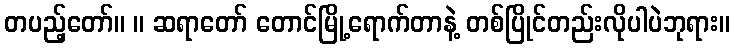
တပည့်တော်။ ။ ဆရာတော် တောင်မြို့ရောက်တာနဲ့ တစ်ပြိုင်တည်းလိုပါပဲဘုရား။